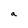
Character: a